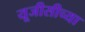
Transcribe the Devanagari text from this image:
यूजीसीच्या